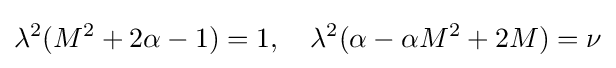
\lambda ^{2}(M^{2}+2\alpha -1)=1,\quad \lambda ^{2}(\alpha -\alpha M^{2}+2M)=\nu